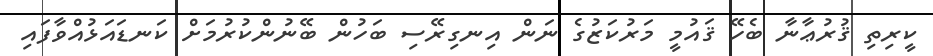
ކީރިތި ޤުރުޢާނާ ބެހޭ ޤައުމީ މަރުކަޒުގެ ނަން އިނގިރޭސި ބަހުން ބޭނުންކުރުމަށް ކަނޑައަޅުއްވާފައި